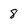
Character: 8